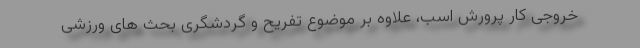
خروجی کار پرورش اسب، علاوه بر موضوع تفریح و گردشگری بحث های ورزشی